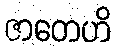
ဇာတေဟိ